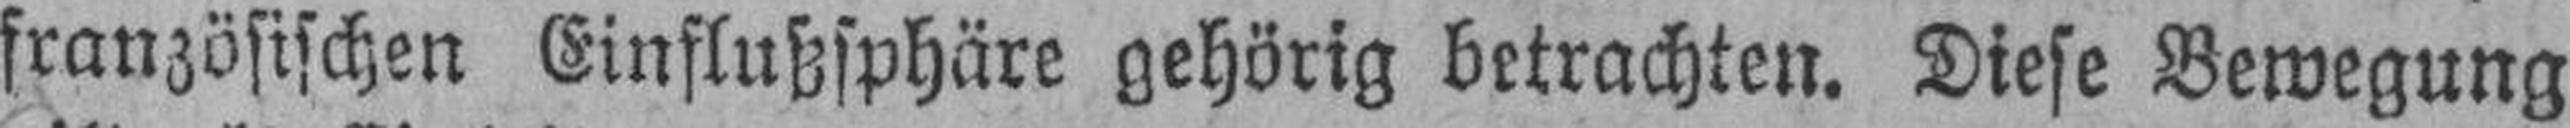
französischen Einflußsphäre gehörig betrachten. Diese Bewegung